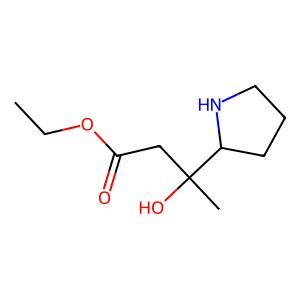
SMILES: CCOC(=O)CC(C)(O)C1CCCN1
Inhibits HIV replication: No